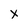
Character: X